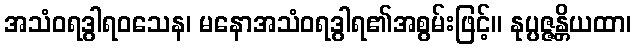
အသံဝရဒွါရဝသေန၊ မနောအသံဝရဒွါရ၏အစွမ်းဖြင့်။ နုပ္ပဇ္ဇန္တိယထာ၊